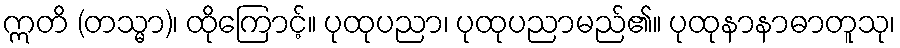
ဣတိ (တသ္မာ)၊ ထိုကြောင့်။ ပုထုပညာ၊ ပုထုပညာမည်၏။ ပုထုနာနာဓာတူသု၊